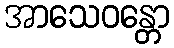
အာသေဝန္တော